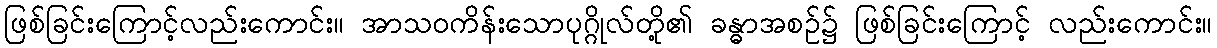
ဖြစ်ခြင်းကြောင့်လည်းကောင်း။ အာသဝကိန်းသောပုဂ္ဂိုလ်တို့၏ ခန္ဓာအစဉ်၌ ဖြစ်ခြင်းကြောင့် လည်းကောင်း။